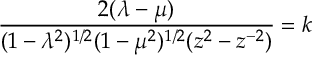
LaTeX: \frac { 2 ( \lambda - \mu ) } { ( 1 - \lambda ^ { 2 } ) ^ { 1 / 2 } ( 1 - \mu ^ { 2 } ) ^ { 1 / 2 } ( z ^ { 2 } - z ^ { - 2 } ) } = k